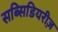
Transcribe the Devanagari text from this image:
सब्सिडियरीज़